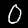
Label: 0